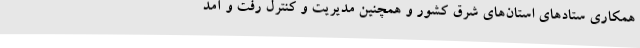
همکاری ستادهای استان‌های شرق کشور و همچنین مدیریت و کنترل رفت و آمد